Lunatic asylums in Bengal annual reports 1888-1898 - 1888-1898
Year: 1888
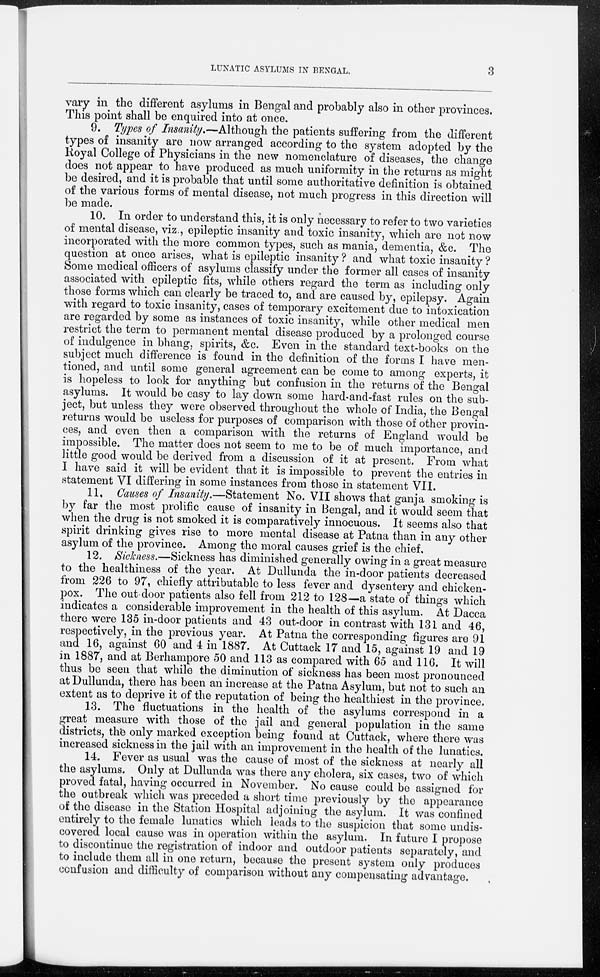
LUNATIC ASYLUMS IN BENGAL.
3
vary in the different asylums in Bengal and probably also in other provinces.
This point shall be enquired into at once.
9. Types of Insanity.—Although the patients suffering from the different
types of insanity are now arranged according to the system adopted by the
Royal College of Physicians in the new nomenclature of diseases, the change
does not appear to have produced as much uniformity in the returns as might
be desired, and it is probable that until some authoritative definition is obtained
of the various forms of mental disease, not much progress in this direction will
be made.
10. In order to understand this, it is only necessary to refer to two varieties
of mental disease, viz., epileptic insanity and toxic insanity, which are not now
incorporated with the more common types, such as mania, dementia, &c. The
question at once arises, what is epileptic insanity ? and what toxic insanity ?
Some medical officers of asylums classify under the former all cases of insanity
associated with epileptic fits, while others regard the term as including only
those forms which can clearly be traced to, and are caused by, epilepsy. Again
with regard to toxic insanity, cases of temporary excitement due to intoxication
are regarded by some as instances of toxic insanity, while other medical men
restrict the term to permanent mental disease produced by a prolonged course
of indulgence in bhang, spirits, &c. Even in the standard text-books on the
subject much difference is found in the definition of the forms I have men-
tioned, and until some general agreement can be come to among experts, it
is hopeless to look for anything but confusion in the returns of the Bengal
asylums. It would be easy to lay down some hard-and-fast rules on the sub-
ject, but unless they were observed throughout the whole of India, the Bengal
returns would be useless for purposes of comparison with those of other provin-
ces, and even then a comparison with the returns of England would be
impossible. The matter does not seem to me to be of much importance, and
little good would be derived from a discussion of it at present. From what
I have said it will be evident that it is impossible to prevent the entries in
statement VI differing in some instances from those in statement VII.
11. Causes of Insanity.—Statement No. VII shows that ganja smoking is
by far the most prolific cause of insanity in Bengal, and it would seem that
when the drug is not smoked it is comparatively innocuous. It seems also that
spirit drinking gives rise to more mental disease at Patna than in any other
asylum of the province. Among the moral causes grief is the chief.
12. Sickness.—Sickness has diminished generally owing in a great measure
to the healthiness of the year. At Dullunda the in-door patients decreased
from 226 to 97, chiefly attributable to less fever and dysentery and chicken-
pox. The out-door patients also fell from 212 to 128—a state of things which
indicates a considerable improvement in the health of this asylum. At Dacca
there were 135 in-door patients and 43 out-door in contrast with 131 and 46,
respectively, in the previous year. At Patna the corresponding figures are 91
and 16, against 60 and 4 in 1887. At Cuttack 17 and 15, against 19 and 19
in 1887, and at Berhampore 50 and 113 as compared with 65 and 116. It will
thus be seen that while the diminution of sickness has been most pronounced
at Dullunda, there has been an increase at the Patna Asylum, but not to such an
extent as to deprive it of the reputation of being the healthiest in the province,
13. The fluctuations in the health of the asylums correspond in a
great measure with those of the jail and general population in the same
districts, the only marked exception being found at Cuttack, where there was
increased sickness in the jail with an improvement in the health of the lunatics.
14. Fever as usual was the cause of most of the sickness at nearly all
the asylums. Only at Dullunda was there any cholera, six cases, two of which
proved fatal, having occurred in November. No cause could be assigned for
the outbreak which was preceded a short time previously by the appearance
of the disease in the Station Hospital adjoining the asylum. It was confined
entirely to the female lunatics which leads to the suspicion that some undis-
covered local cause was in operation within the asylum. In future I propose
to discontinue the registration of indoor and outdoor patients separately, and
to include them all in one return, because the present system only produces
confusion and difficulty of comparison without any compensating advantage.